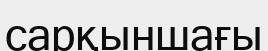
сарқыншағы